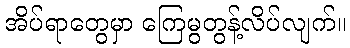
အိပ်ရာတွေမှာ ကြေမွတွန့်လိပ်လျက်။